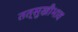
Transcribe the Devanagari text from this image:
तत्सुखीभाव